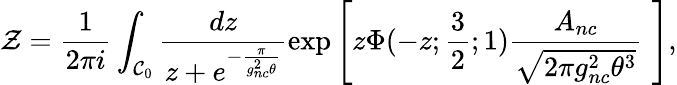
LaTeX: {\cal Z}=\frac{1}{2\pi i}\int_{{\cal C}_{0}}\frac{dz}{z+e^{-\frac{\pi}{g_{nc}^{2}\theta}}}\exp\left[z\Phi(-z;\frac{3}{2};1)\frac{A_{nc}}{\sqrt{2\pi g_{nc}^{2}\theta^{3}}}\, \, \right],